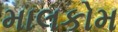
માલકોમ